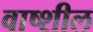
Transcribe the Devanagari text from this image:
वाष्शील